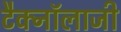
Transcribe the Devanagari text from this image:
टैक्नॉलाजी